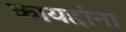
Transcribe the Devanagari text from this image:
कायद्दांना